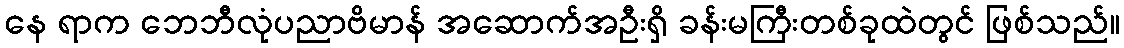
နေ ရာက ဘေဘီလုံပညာဗိမာန် အဆောက်အဦးရှိ ခန်းမကြီးတစ်ခုထဲတွင် ဖြစ်သည်။